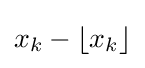
x_{k}-\left\lfloor x_{k}\right\rfloor